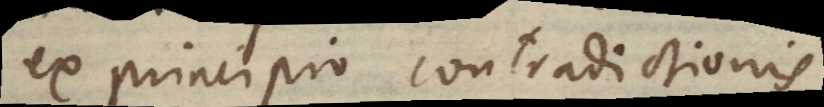
ex principio contradictionis